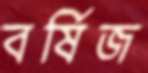
বর্ষিজ